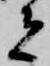
者